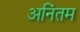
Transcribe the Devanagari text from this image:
अनिंतम